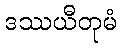
ဒဿယီတုမံ